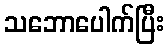
သဘောပေါက်ပြီး